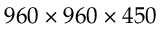
9 6 0 \times 9 6 0 \times 4 5 0